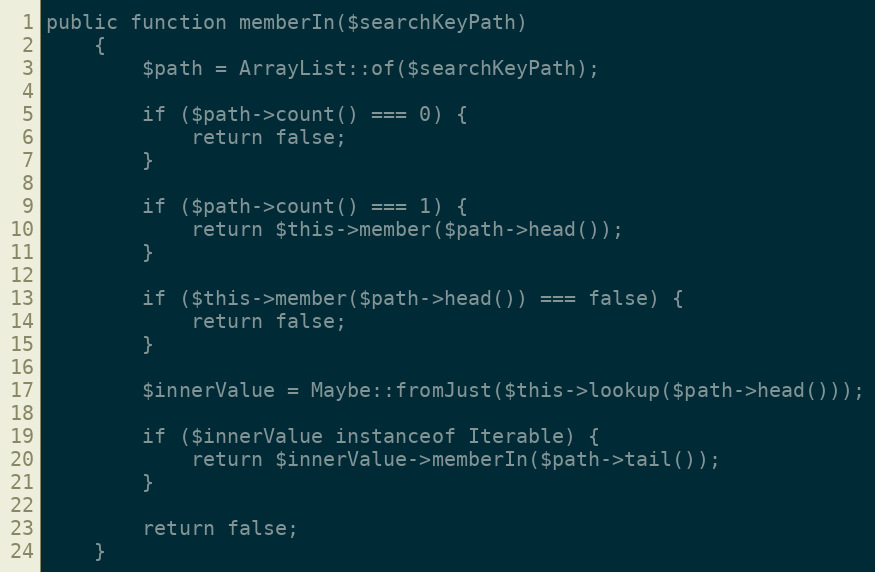
Language: PHP
public function memberIn($searchKeyPath)
    {
        $path = ArrayList::of($searchKeyPath);

        if ($path->count() === 0) {
            return false;
        }

        if ($path->count() === 1) {
            return $this->member($path->head());
        }

        if ($this->member($path->head()) === false) {
            return false;
        }

        $innerValue = Maybe::fromJust($this->lookup($path->head()));

        if ($innerValue instanceof Iterable) {
            return $innerValue->memberIn($path->tail());
        }

        return false;
    }